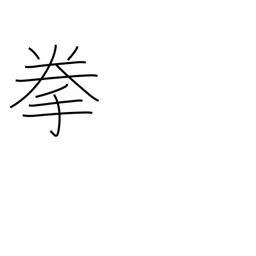
Meaning: fist